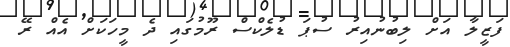
ފަޒީލާ އަށް ލިބުނުއިރު ސުޕަ ޑުލެކްސް ރޫމުގައި ދެ މީހަކަށް އެއް ރޭ